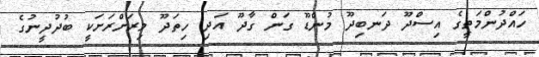
ހައްދުންމަތީގެ އިސްދޫ ދަނބިދޫ މުންޑޫ ގަން ގާދޫ އަދި ހިތަދޫ މިރަށްރަށަކީ ބުދުދީނުގެ